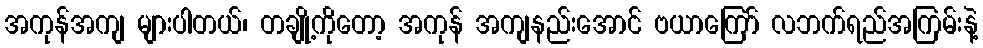
အကုန်အကျ များပါတယ်၊ တချို့ကိုတော့ အကုန် အကျနည်းအောင် ဗယာကြော် လဘက်ရည်အကြမ်းနဲ့